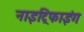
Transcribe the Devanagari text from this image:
नाइट्रिफाइंग